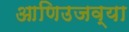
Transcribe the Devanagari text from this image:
आणिउजव्या